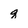
Character: q